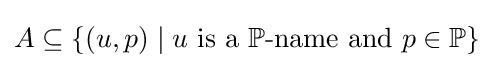
A\subseteq \{(u,p)\mid u~{\text{is a}}~\mathbb {P} {\text{-name and}}~p\in \mathbb {P} \}